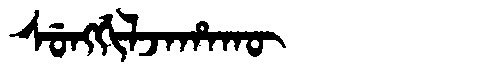
Manchu: ᠰᡠᠩᡤᡳᠯᠵᠠᡥᠠᡴᡡ
Romanization: SUNGGILJAHAKŪ